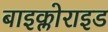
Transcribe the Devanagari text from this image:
बाइक्लोराइड